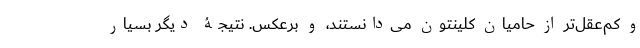
و کم‌عقل‌تر از حامیان کلینتون می‌دانستند، و برعکس. نتیجۀ دیگر بسیار